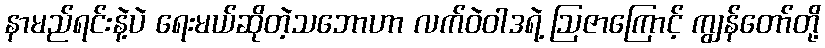
နာမည်ရင်းနဲ့ပဲ ရေးမယ်ဆိုတဲ့သဘောဟာ လက်ဝဲဝါဒရဲ့ ဩဇာကြောင့် ကျွန်တော်တို့